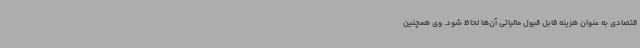
قتصادی به عنوان هزینه قابل قبول مالیاتی آن‌ها لحاظ شود. وی همچنین